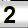
Digit: 2